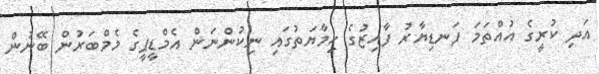
އަދި ކުރީގެ އުއްތަމަ ފަނޑިޔާރު ފާއިޒުގެ ހިމާޔަތުގައި ނިކުންނަން އެމްޑީޕީގެ މެމްބަރުން ބޭނުން